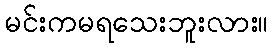
မင်းကမရသေးဘူးလား။